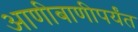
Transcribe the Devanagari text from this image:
आणीबाणीपर्यंत